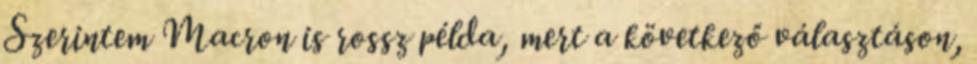
Szerintem Macron is rossz példa, mert a következő választáson,